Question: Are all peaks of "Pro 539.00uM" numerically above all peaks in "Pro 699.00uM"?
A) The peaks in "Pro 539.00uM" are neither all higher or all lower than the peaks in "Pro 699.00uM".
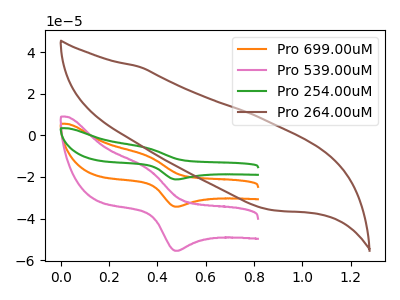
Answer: <think>The orange curve "Pro 699.00uM" has an anodic peak at (0.35V, -9.85uA) and a cathodic peak at (0.45V, -34.30uA). The pink curve "Pro 539.00uM" has an anodic peak at (0.35V, -15.95uA) and a cathodic peak at (0.45V, -55.50uA). The green curve "Pro 254.00uM" has an anodic peak at (0.35V, -19.75uA) and a cathodic peak at (0.45V, -68.55uA). The brown curve "Pro 264.00uM" has no peaks.</think>
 <answer>A) The peaks in "Pro 539.00uM" are neither all higher or all lower than the peaks in "Pro 699.00uM".</answer>
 <eval>A</eval>